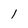
Character: l